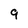
Character: 9